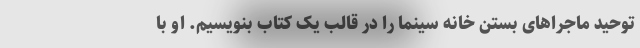
توحید ماجراهای بستن خانه سینما را در قالب یک کتاب بنویسیم. او با